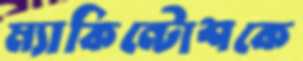
ম্যাকিন্টোশকে